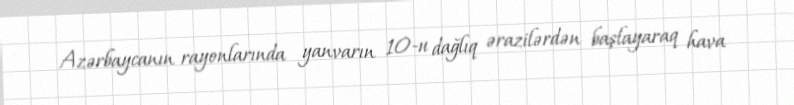
Azərbaycanın rayonlarında yanvarın 10-u dağlıq ərazilərdən başlayaraq hava